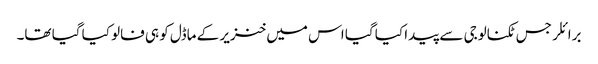
برائلر جس ٹکنالوجی سے پیدا کیا گیا اس میں خنزیر کے ماڈل کو ہی فالو کیا گیا تھا۔